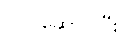
လုပ်ဆောင်ပြီး